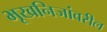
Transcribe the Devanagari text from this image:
भूखनिजांवरील